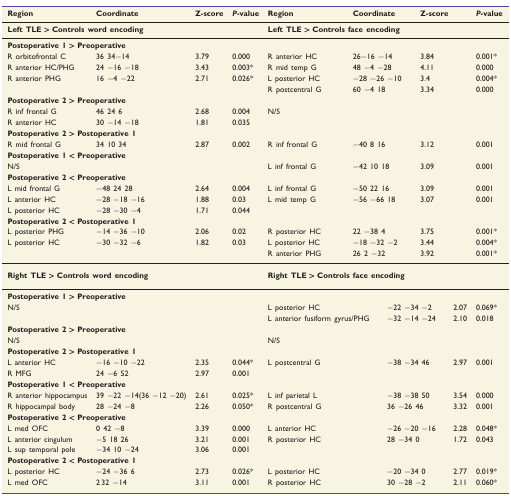
<table><thead><tr><td><b>Region</b></td><td><b>Coordinate</b></td><td><b>Z-score</b></td><td><b><i>P</i>-value</b></td><td><b>Region</b></td><td colspan="2"><b>Coordinate</b></td><td colspan="2"><b>Z-score</b></td><td><b><i>P</i>-value</b></td></tr></thead><tbody><tr><td colspan="4"><b>Left TLE &gt; Controls word encoding</b></td><td colspan="6"><b>Left TLE &gt; Controls face encoding</b></td></tr><tr><td colspan="10"><b>Postoperative 1 &gt; Preoperative</b></td></tr><tr><td>R orbitofrontal C</td><td>36 34−14</td><td>3.79</td><td>0.000</td><td>R anterior HC</td><td colspan="2">26−16 −14</td><td colspan="2">3.84</td><td>0.001*</td></tr><tr><td>R anterior HC/PHG</td><td>24 −16 −18</td><td>3.43</td><td>0.003*</td><td>R mid temp G</td><td colspan="2">48 −4 −28</td><td colspan="2">4.11</td><td>0.000</td></tr><tr><td>R anterior PHG</td><td>16 −4 −22</td><td>2.71</td><td>0.026*</td><td>L posterior HC</td><td colspan="2">−28 −26 −10</td><td colspan="2">3.4</td><td>0.004*</td></tr><tr><td></td><td></td><td></td><td></td><td>R postcentral G</td><td colspan="2">60 −4 18</td><td colspan="2">3.34</td><td>0.000</td></tr><tr><td colspan="10"><b>Postoperative 2 &gt; Preoperative</b></td></tr><tr><td>R inf frontal G</td><td>46 24 6</td><td>2.68</td><td>0.004</td><td>N/S</td><td colspan="2"></td><td colspan="2"></td><td></td></tr><tr><td>R anterior HC</td><td>30 −14 −18</td><td>1.81</td><td>0.035</td><td></td><td colspan="2"></td><td colspan="2"></td><td></td></tr><tr><td colspan="10"><b>Postoperative 2 &gt; Postoperative 1</b></td></tr><tr><td>R mid frontal G</td><td>34 10 34</td><td>2.87</td><td>0.002</td><td>R inf frontal G</td><td colspan="2">−40 8 16</td><td colspan="2">3.12</td><td>0.001</td></tr><tr><td colspan="10"><b>Postoperative 1 &lt; Preoperative</b></td></tr><tr><td>N/S</td><td></td><td></td><td></td><td>L inf frontal G</td><td colspan="2">−42 10 18</td><td colspan="2">3.09</td><td>0.001</td></tr><tr><td colspan="10"><b>Postoperative 2 &lt; Preoperative</b></td></tr><tr><td>L mid frontal G</td><td>−48 24 28</td><td>2.64</td><td>0.004</td><td>L inf frontal G</td><td colspan="2">−50 22 16</td><td colspan="2">3.09</td><td>0.001</td></tr><tr><td>L anterior HC</td><td>−28 −18 −16</td><td>1.88</td><td>0.03</td><td>L mid temp G</td><td colspan="2">−56 −66 18</td><td colspan="2">3.07</td><td>0.001</td></tr><tr><td>L posterior HC</td><td>−28 −30 −4</td><td>1.71</td><td>0.044</td><td></td><td colspan="2"></td><td colspan="2"></td><td></td></tr><tr><td colspan="10"><b>Postoperative 2 &lt; Postoperative 1</b></td></tr><tr><td>L posterior PHG</td><td>−14 −36 −10</td><td>2.06</td><td>0.02</td><td>R posterior HC</td><td colspan="2">22 −38 4</td><td colspan="2">3.75</td><td>0.001*</td></tr><tr><td>L posterior HC</td><td>−30 −32 −6</td><td>1.82</td><td>0.03</td><td>L posterior HC</td><td colspan="2">−18 −32 −2</td><td colspan="2">3.44</td><td>0.004*</td></tr><tr><td></td><td></td><td></td><td></td><td>R anterior PHG</td><td colspan="2">26 2 −32</td><td colspan="2">3.92</td><td>0.001*</td></tr><tr><td colspan="4"><b>Right TLE &gt; Controls word encoding</b></td><td colspan="6"><b>Right TLE &gt; Controls face encoding</b></td></tr><tr><td colspan="10"><b>Postoperative 1 &gt; Preoperative</b></td></tr><tr><td>N/S</td><td></td><td></td><td></td><td colspan="2">L posterior HC</td><td colspan="2">−22 −34 −2</td><td>2.07</td><td>0.069*</td></tr><tr><td></td><td></td><td></td><td></td><td colspan="2">L anterior fusiform gyrus/PHG</td><td colspan="2">−32 −14 −24</td><td>2.10</td><td>0.018</td></tr><tr><td colspan="10"><b>Postoperative 2 &gt; Preoperative</b></td></tr><tr><td>N/S</td><td></td><td></td><td></td><td colspan="2">N/S</td><td colspan="2"></td><td></td><td></td></tr><tr><td colspan="10"><b>Postoperative 2 &gt; Postoperative 1</b></td></tr><tr><td>L anterior HC</td><td>−16 −10 −22</td><td>2.35</td><td>0.044*</td><td colspan="2">L postcentral G</td><td colspan="2">−38 −34 46</td><td>2.97</td><td>0.001</td></tr><tr><td>R MFG</td><td>24 −6 52</td><td>2.97</td><td>0.001</td><td colspan="2"></td><td colspan="2"></td><td></td><td></td></tr><tr><td colspan="10"><b>Postoperative 1 &lt; Preoperative</b></td></tr><tr><td>R anterior hippocampus</td><td>39 −22 −14(36 −12 −20)</td><td>2.61</td><td>0.025*</td><td colspan="2">L inf parietal L</td><td colspan="2">−38 −38 50</td><td>3.54</td><td>0.000</td></tr><tr><td>R hippocampal body</td><td>28 −24 −8</td><td>2.26</td><td>0.050*</td><td colspan="2">R postcentral G</td><td colspan="2">36 −26 46</td><td>3.32</td><td>0.001</td></tr><tr><td colspan="10"><b>Postoperative 2 &lt; Preoperative</b></td></tr><tr><td>L med OFC</td><td>0 42 −8</td><td>3.39</td><td>0.000</td><td colspan="2">L anterior HC</td><td colspan="2">−26 −20 −16</td><td>2.28</td><td>0.048*</td></tr><tr><td>L anterior cingulum</td><td>−5 18 26</td><td>3.21</td><td>0.001</td><td colspan="2">R posterior HC</td><td colspan="2">28 −34 0</td><td>1.72</td><td>0.043</td></tr><tr><td>L sup temporal pole</td><td>−34 10 −24</td><td>3.06</td><td>0.001</td><td colspan="2"></td><td colspan="2"></td><td></td><td></td></tr><tr><td colspan="10"><b>Postoperative 2 &lt; Postoperative 1</b></td></tr><tr><td>L posterior HC</td><td>−24 −36 6</td><td>2.73</td><td>0.026*</td><td colspan="2">L posterior HC</td><td colspan="2">−20 −34 0</td><td>2.77</td><td>0.019*</td></tr><tr><td>L med OFC</td><td>2 32 −14</td><td>3.11</td><td>0.001</td><td colspan="2">R posterior HC</td><td colspan="2">30 −28 −2</td><td>2.11</td><td>0.060*</td></tr></tbody></table>